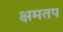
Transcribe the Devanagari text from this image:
क्षमतप